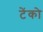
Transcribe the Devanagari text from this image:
टेंको